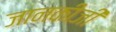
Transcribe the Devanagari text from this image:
जानकीजी